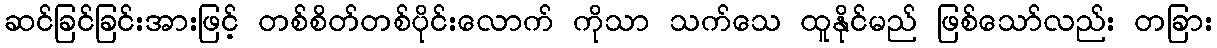
ဆင်ခြင်ခြင်းအားဖြင့် တစ်စိတ်တစ်ပိုင်းလောက် ကိုသာ သက်သေ ထူနိုင်မည် ဖြစ်သော်လည်း တခြား